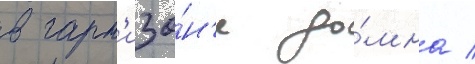
в гарн'изо́н'е до́мна /